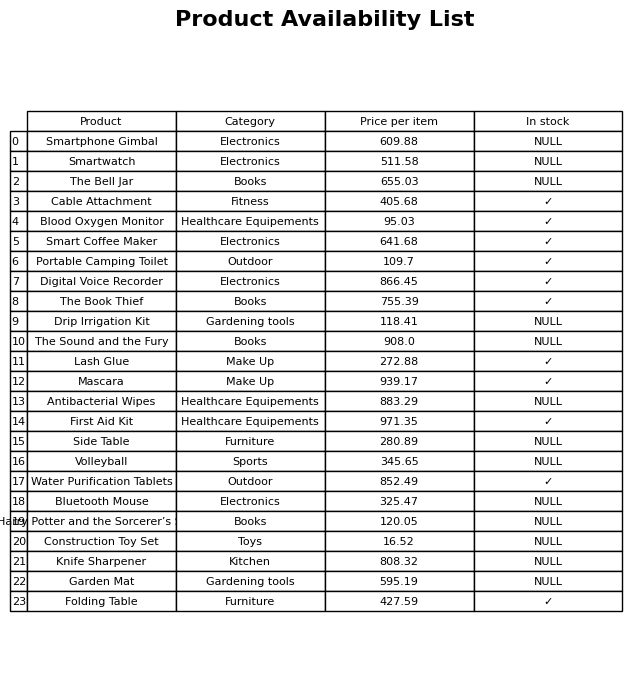
question: What is the price of the Harry Potter and the Sorcerer’s Stone?
answer: The price of Harry Potter and the Sorcerer’s Stone is 120.05.